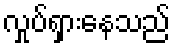
လှုပ်ရှားနေသည်